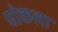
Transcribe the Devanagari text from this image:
चोकला